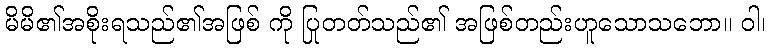
မိမိ၏အစိုးရသည်၏အဖြစ် ကို ပြုတတ်သည်၏ အဖြစ်တည်းဟူသောသဘော။ ဝါ၊